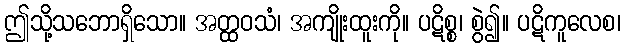
ဤသို့သဘောရှိသော။ အတ္ထဝသံ၊ အကျိုးထူးကို။ ပဋိစ္စ၊ စွဲ၍။ ပဋိကူလေစ၊